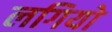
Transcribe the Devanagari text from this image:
लगियो